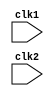
module pipe_MIPS32(clk1, clk2);
  input clk1, clk2;          //Two-phase clock
  reg [31:0] PC, IF_ID_IR, IF_ID_NPC;
  reg [31:0] ID_EX_IR, ID_EX_NPC, ID_EX_A, ID_EX_B, ID_EX_Imm;
  reg [2:0] ID_EX_type, EX_MEM_type, MEM_WB_type;
  reg [31:0] EX_MEM_IR, EX_MEM_ALUOut, EX_MEM_B;
  reg EX_MEM_cond;
  reg [31:0] MEM_WB_IR, MEM_WB_ALUOut, MEM_WB_LMD;
  
  reg [31:0] RegB[0:31];     //Register Bank (32 x 32)
  reg [31:0] Mem[0:1023];    //1024 x 32 memory
  
  parameter ADD = 6'b000000, SUB = 6'b000001, AND = 6'b000010, OR = 6'b000011;
  parameter SLT = 6'b000100, MUL = 6'b000101, HLT = 6'b111111, LW = 6'b001000;
  parameter SW = 6'b001001, ADDI = 6'b001010, SUBI = 6'b001011, SLTI = 6'b001100;
  parameter BNEQZ = 6'b001101, BEQZ = 6'b001110; 
  
  parameter RR_ALU=3'b000, RM_ALU=3'b001, LOAD=3'b010, STORE=3'b011, BRANCH=3'b100, HALT=3'b101;
  
  reg HALTED; //Set after the HALT instruction is completed (in WB stage)
  reg TAKEN_BRANCH; //Required to disable instructions after branch
  
  always @(posedge clk1)    //IF Stage
    if(HALTED == 0)
      begin
        if((EX_MEM_IR[31:26] == BEQZ) && (EX_MEM_cond == 1) || (EX_MEM_IR[31:26] == BNEQZ) && (EX_MEM_cond == 0))
          begin
            IF_ID_IR <= #2 Mem[EX_MEM_ALUOut];
            TAKEN_BRANCH <= #2 1;
            IF_ID_NPC <= #2 EX_MEM_ALUOut + 1;
            PC <= #2 EX_MEM_ALUOut + 1; 
          end
        else
          begin
            IF_ID_IR <= #2 Mem[PC];
            IF_ID_NPC <= #2 PC + 1;
            PC <= #2 PC + 1; 
          end
      end
      
  always @(posedge clk2)     //ID Stage
    if(HALTED == 0)
      begin
        if(IF_ID_IR[25:21] == 5'b00000) ID_EX_A <= 0;
        else ID_EX_A <= #2 RegB[IF_ID_IR[25:21]]; //rs
        
        if(IF_ID_IR[20:16] == 5'b00000) ID_EX_B <= 0;
        else ID_EX_B <= #2 RegB[IF_ID_IR[20:16]]; //rt
        
        ID_EX_NPC <= #2 IF_ID_NPC;
        ID_EX_IR <= #2 IF_ID_IR;
        ID_EX_Imm <= #2 {{16{IF_ID_IR[15]}}, {IF_ID_IR[15:0]}};
        
        case (IF_ID_IR[31:26])
          ADD, SUB, AND, OR, SLT, MUL : ID_EX_type <= #2 RR_ALU;
          ADDI, SUBI, SLTI            : ID_EX_type <= #2 RM_ALU; 
          LW                          : ID_EX_type <= #2 LOAD;
          SW                          : ID_EX_type <= #2 STORE;
          BNEQZ, BEQZ                 : ID_EX_type <= #2 BRANCH;
          HLT                         : ID_EX_type <= #2 HALT;
          default                     : ID_EX_type <= #2 HALT;    //Invalid opcode
        endcase
      end
      
  always @(posedge clk1)    //EX Stage
    if(HALTED == 0)
      begin
        EX_MEM_type <= #2 ID_EX_type;
        EX_MEM_IR <= #2 ID_EX_IR;
        TAKEN_BRANCH <= #2 0;
        
        case (ID_EX_type)
          RR_ALU: begin
                    case (ID_EX_IR[31:26])    //opcode
                      ADD : EX_MEM_ALUOut <= #2 ID_EX_A + ID_EX_B;
                      SUB : EX_MEM_ALUOut <= #2 ID_EX_A - ID_EX_B;
                      AND : EX_MEM_ALUOut <= #2 ID_EX_A & ID_EX_B;
                      OR  : EX_MEM_ALUOut <= #2 ID_EX_A | ID_EX_B;
                      SLT : EX_MEM_ALUOut <= #2 ID_EX_A < ID_EX_B;
                      MUL : EX_MEM_ALUOut <= #2 ID_EX_A * ID_EX_B;
                      default : EX_MEM_ALUOut <=#2 32'hxxxxxxxx;
                    endcase
                  end
          RM_ALU: begin
                    case (ID_EX_IR[31:26])    //opcode
                      ADDI : EX_MEM_ALUOut <= #2 ID_EX_A + ID_EX_Imm;
                      SUBI : EX_MEM_ALUOut <= #2 ID_EX_A - ID_EX_Imm;
                      SLTI : EX_MEM_ALUOut <= #2 ID_EX_A < ID_EX_Imm;
                      default : EX_MEM_ALUOut <=#2 32'hxxxxxxxx;
                    endcase
                  end
          LOAD, STORE: begin
                         EX_MEM_ALUOut <= #2 ID_EX_A + ID_EX_Imm;
                         EX_MEM_B <= #2 ID_EX_B;
                       end
          BRANCH:      begin
                         EX_MEM_ALUOut <= #2 ID_EX_NPC + ID_EX_Imm;
                         EX_MEM_cond <= #2 (ID_EX_A == 0);
                       end
        endcase
      end
      
  always @(posedge clk2)    //MEM Stage
    if(HALTED == 0)
      begin
        MEM_WB_type <= EX_MEM_type;
        MEM_WB_IR <= #2 EX_MEM_IR;
        
        case(EX_MEM_type)
          RR_ALU, RM_ALU : MEM_WB_ALUOut <= #2 EX_MEM_ALUOut;
          LOAD           : MEM_WB_LMD <= #2 Mem[EX_MEM_ALUOut];
          STORE          : if(TAKEN_BRANCH == 0) //Disable Write
                             Mem[EX_MEM_ALUOut] <= #2 EX_MEM_B;
          
        endcase
      end

  always @(posedge clk1)   //WB Stage
    begin
      if(TAKEN_BRANCH == 0)  //Disable write if branch taken
        begin
          case(MEM_WB_type)
            RR_ALU: RegB[MEM_WB_IR[15:11]] <= #2 MEM_WB_ALUOut; //rd 
            RM_ALU: RegB[MEM_WB_IR[20:16]] <= #2 MEM_WB_ALUOut; //rt
            LOAD: RegB[MEM_WB_IR[20:16]] <= #2 MEM_WB_LMD; //rt
            HALT: HALTED <= #2 1'b1;
          endcase
        end
    end
    
    
endmodule